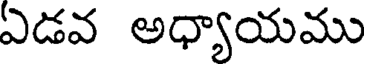
ఏడవ అధ్యాయము